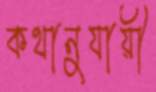
কথানুযায়ী